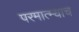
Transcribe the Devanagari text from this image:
परमात्म्याच